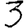
Digit: 3